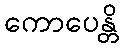
ကောပေန္တိ